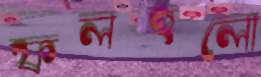
ফলহলো